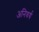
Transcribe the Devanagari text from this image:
अनिवर्य